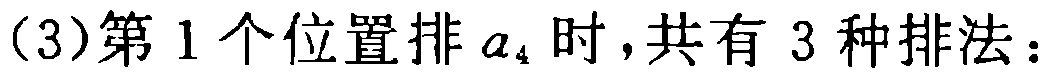
(3)第 1 个位置排 \(a_{4}\) 时，共有 3 种排法：